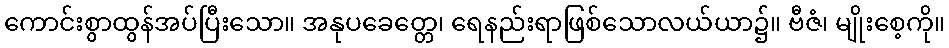
ကောင်းစွာထွန်အပ်ပြီးသော။ အနုပခေတ္တေ၊ ရေနည်းရာဖြစ်သောလယ်ယာ၌။ ဗီဇံ၊ မျိုးစေ့ကို။